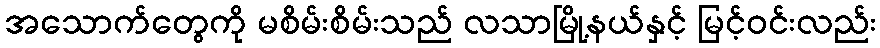
အသောက်တွေကို မစိမ်းစိမ်းသည် လသာမြို့နယ်နှင့် မြင့်ဝင်းလည်း